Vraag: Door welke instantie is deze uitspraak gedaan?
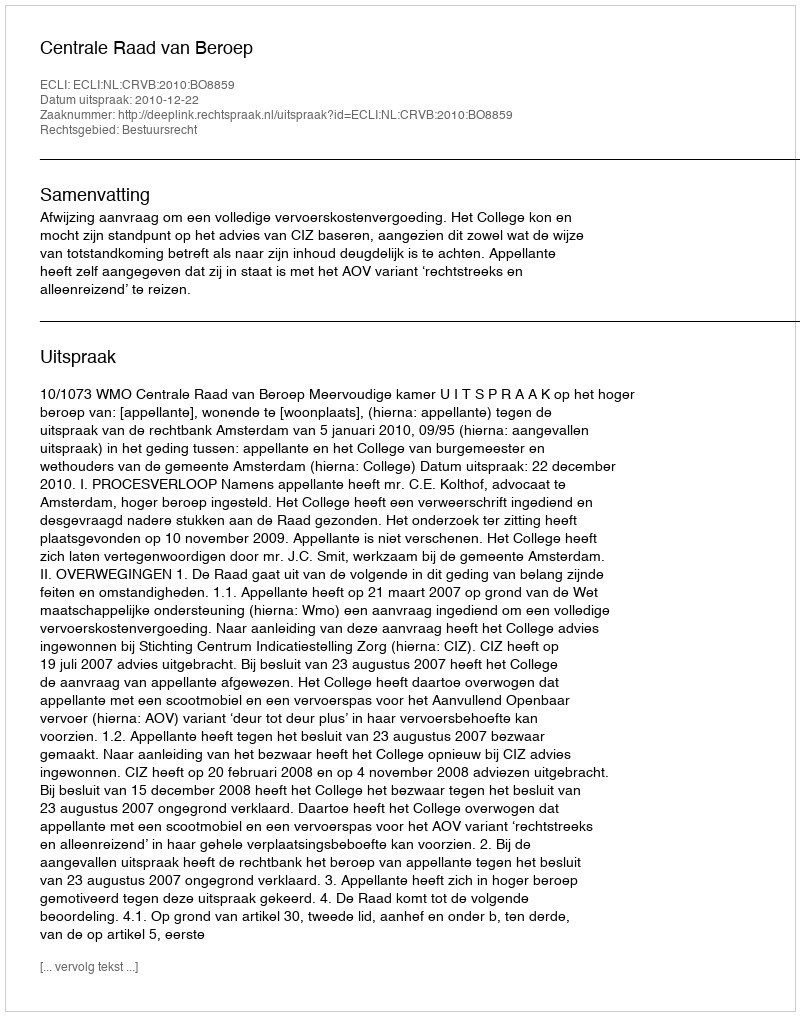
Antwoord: Centrale Raad van Beroep